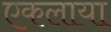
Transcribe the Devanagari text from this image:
एकलाया